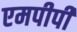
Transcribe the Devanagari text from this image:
एमपीपी